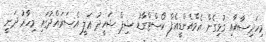
މިހަދިސާއާއި ގުޅިގެން އެމްއެންޑީއެފް ކޯސްޓްގާޑު ޝިޕް ޝަހީދު ޢަލީ އެސަރައްދުގައި މިހާރު ދަނީ